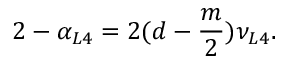
2 - \alpha _ { L 4 } = 2 ( d - \frac { m } { 2 } ) \nu _ { L 4 } .